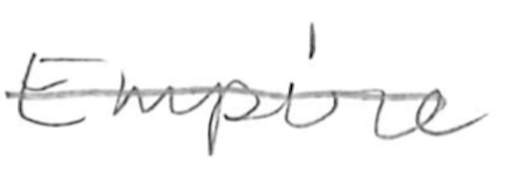
Text: Empire
Cross-out: single-line
Writing tool: pencil